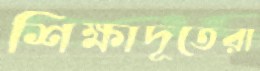
শিক্ষাদূতেরা